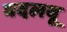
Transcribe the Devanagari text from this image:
बदलवू